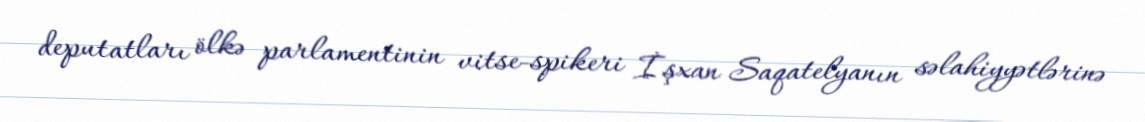
deputatları ölkə parlamentinin vitse-spikeri İşxan Saqatelyanın səlahiyyətlərinə